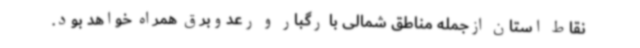
نقاط استان ازجمله مناطق شمالی با رگبار و رعدوبرق همراه خواهد بود.